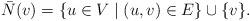
LaTeX: \begin{align*}\bar{N}(v) = \{u\in V\mid (u,v)\in E\} \cup \{v\}.\end{align*}